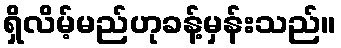
ရှိလိမ့်မည်ဟုခန့်မှန်းသည်။